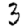
Digit: 3